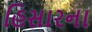
હિસારના